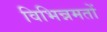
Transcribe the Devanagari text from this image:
विभिन्नमतों